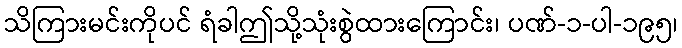
သိကြားမင်းကိုပင် ရံခါဤသို့သုံးစွဲထားကြောင်း၊ ပဏ်-၁-ပါ-၁၉၅၊